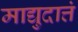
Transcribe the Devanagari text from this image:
माद्युदात्तं